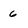
Character: 6